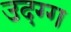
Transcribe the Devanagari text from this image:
उदग्ग